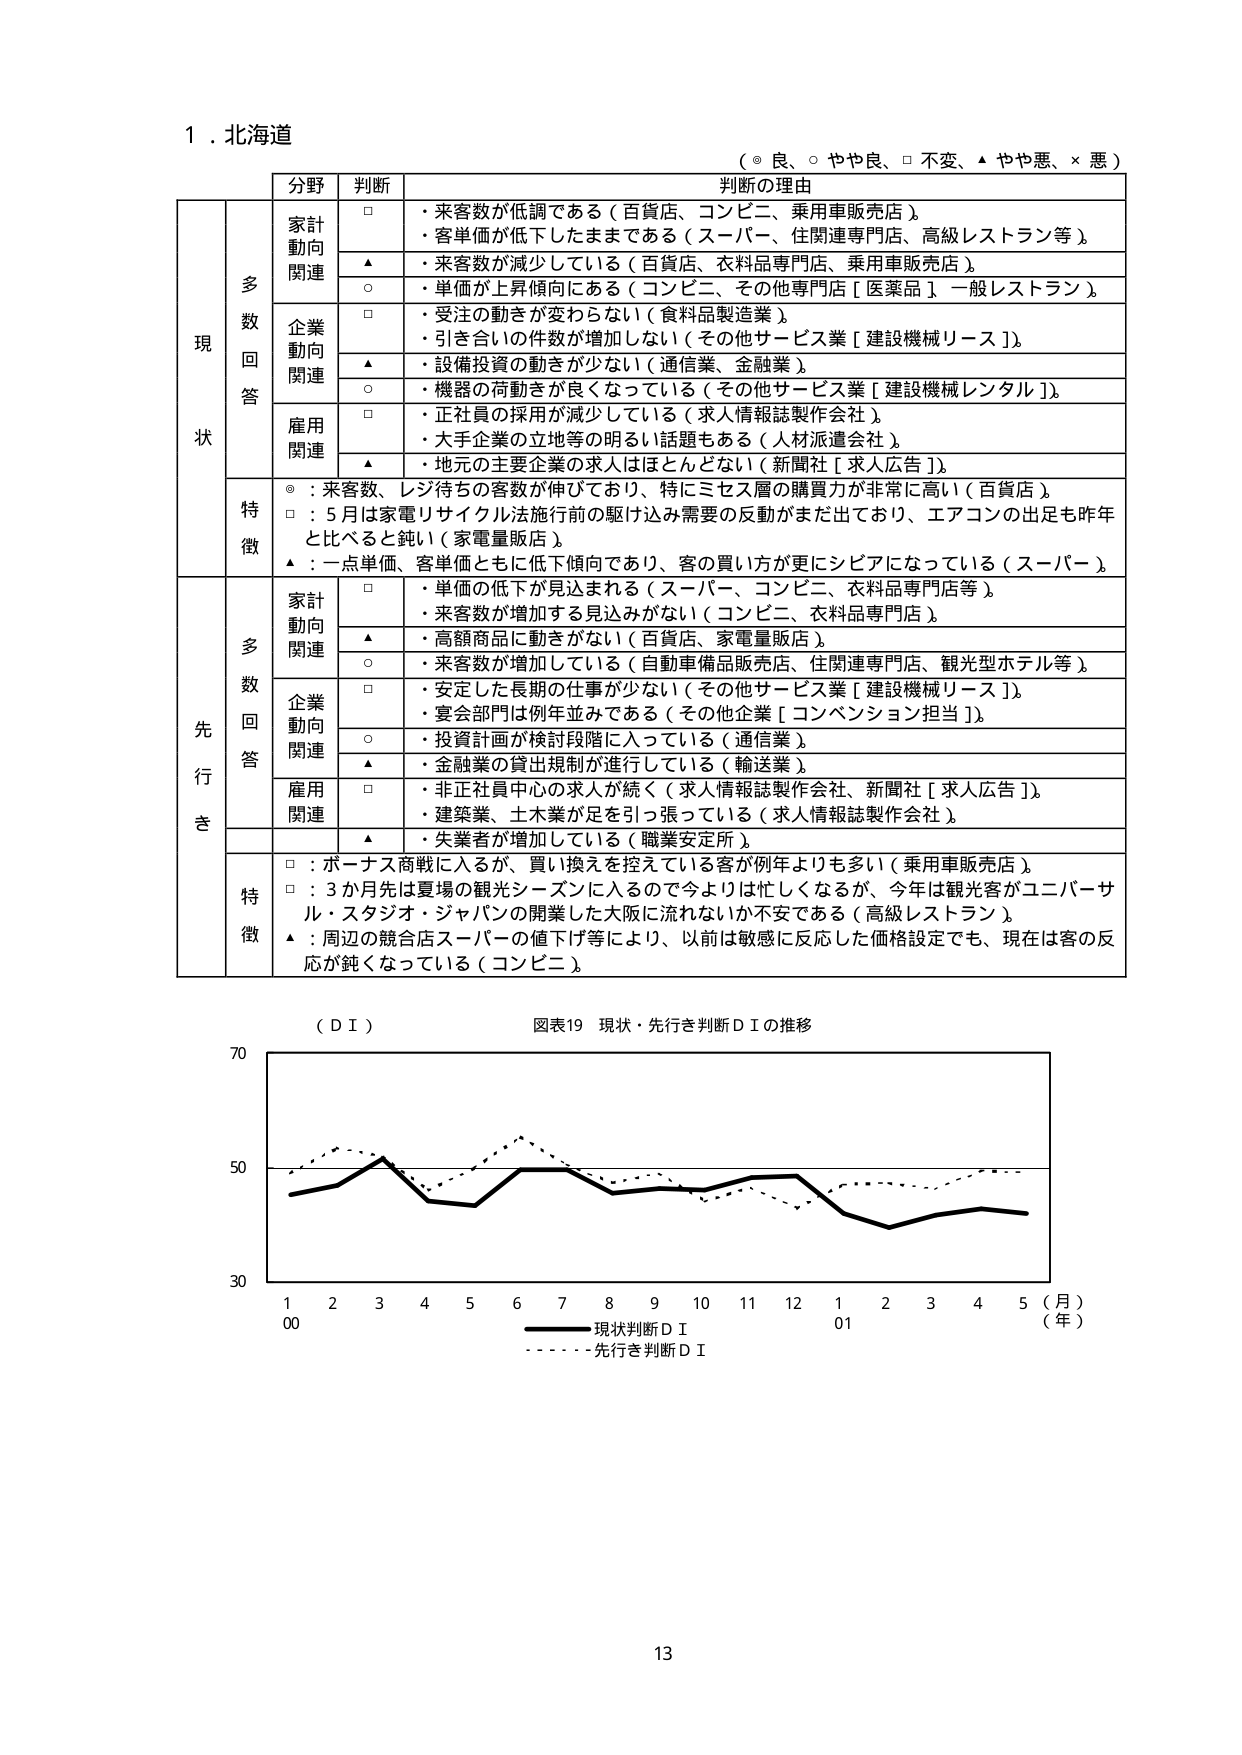
1．北海道
（◎ 良、○ やや良、□ 不変、▲ やや悪、× 悪）

分野　　判断　　判断の理由

現状
　　多数回答
　　　　家計動向関連
　　　　　　□　・来客数が低調である（百貨店、コンビニ、乗用車販売店）
　　　　　　▲　・来客数が減少している（百貨店、衣料品専門店、乗用車販売店）
　　　　　　○　・単価が上昇傾向にある（コンビニ、その他専門店［医薬品］一般レストラン）
　　　　　　□　・受注の動きが変わらない（食料品製造業）
　　　　　　▲　・引き合いの件数が増加しない（その他サービス業［建設機械リース］）
　　　　　　○　・設備投資の動きが少ない（通信業、金融業）
　　　　　　○　・機器の荷動きが良くなっている（その他サービス業［建設機械レンタル］）
　　　　　　□　・正社員の採用が減少している（求人情報誌製作会社）
　　　　　　▲　・大手企業の立地等の明るい話題もある（人材派遣会社）
　　　　　　▲　・地元の主要企業の求人はほとんどない（新聞社［求人広告］）

　　　　特徴
　　　　　　◎：来客数、レジ待ちの客数が伸びており、特にミセス層の購買力が非常に高い（百貨店）
　　　　　　□：5月は家電リサイクル法施行前の駆け込み需要の反動がまだ出ており、エアコンの出足も昨年と比べると鈍い（家電量販店）
　　　　　　▲：一点単価、客単価ともに低下傾向であり、客の買い方が更にシビアになっている（スーパー）

先行き
　　多数回答
　　　　家計動向関連
　　　　　　□　・単価の低下が見込まれる（スーパー、コンビニ、衣料品専門店等）
　　　　　　▲　・来客数が増加する見込みがない（コンビニ、衣料品専門店）
　　　　　　○　・高額商品に動きがない（百貨店、家電量販店）
　　　　　　○　・来客数が増加している（自動車備品販売店、住関連専門店、観光型ホテル等）
　　　　　　□　・安定した長期の仕事が少ない（その他サービス業［建設機械リース］）
　　　　　　○　・宴会部門は例年並みである（その他企業［コンベンション担当］）
　　　　　　○　・投資計画が検討段階に入っている（通信業）
　　　　　　▲　・金融業の貸出規制が進行している（輸送業）
　　　　　　□　・非正社員中心の求人が続く（求人情報誌製作会社、新聞社［求人広告］）
　　　　　　▲　・建築業、土木業が足を引っ張っている（求人情報誌製作会社）
　　　　　　▲　・失業者が増加している（職業安定所）

　　　　特徴
　　　　　　□：ボーナス商戦に入るが、買い換えを控えている客が例年よりも多い（乗用車販売店）
　　　　　　□：3か月先は夏場の観光シーズンに入るのでもう少し忙しくなるが、今年は観光客がユニバーサル・スタジオ・ジャパンの開業した大阪に流れないか不安である（高級レストラン）
　　　　　　▲：周辺の競合店スーパーの値下げ等により、以前は敏感に反応した価格設定でも、現在は客の反応が鈍くなっている（コンビニ）

（ＤＩ）　図表19　現状・先行き判断ＤＩの推移